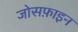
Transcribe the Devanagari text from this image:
जोसफ़ाइन